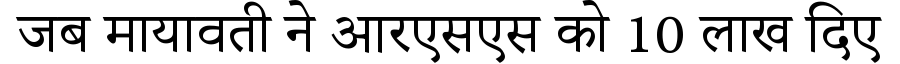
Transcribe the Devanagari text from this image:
जब मायावती ने आरएसएस को 10 लाख दिए